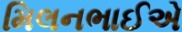
મિલનભાઈએ